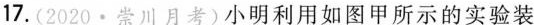
17.(2020·崇川月考)小明利用如图甲所示的实验装